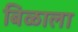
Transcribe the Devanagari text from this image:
बिळाला